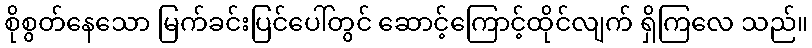
စိုစွတ်နေသော မြက်ခင်းပြင်ပေါ်တွင် ဆောင့်ကြောင့်ထိုင်လျက် ရှိကြလေ သည်။